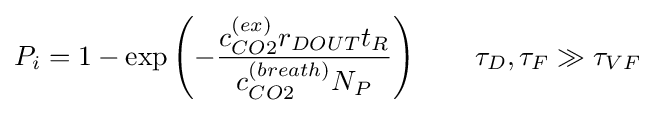
P_{i}=1-\exp \left(-{\frac {c_{CO2}^{(ex)}r_{DOUT}t_{R}}{c_{CO2}^{(breath)}N_{P}}}\right)~~~~~~\tau _{D},\tau _{F}\gg \tau _{VF}